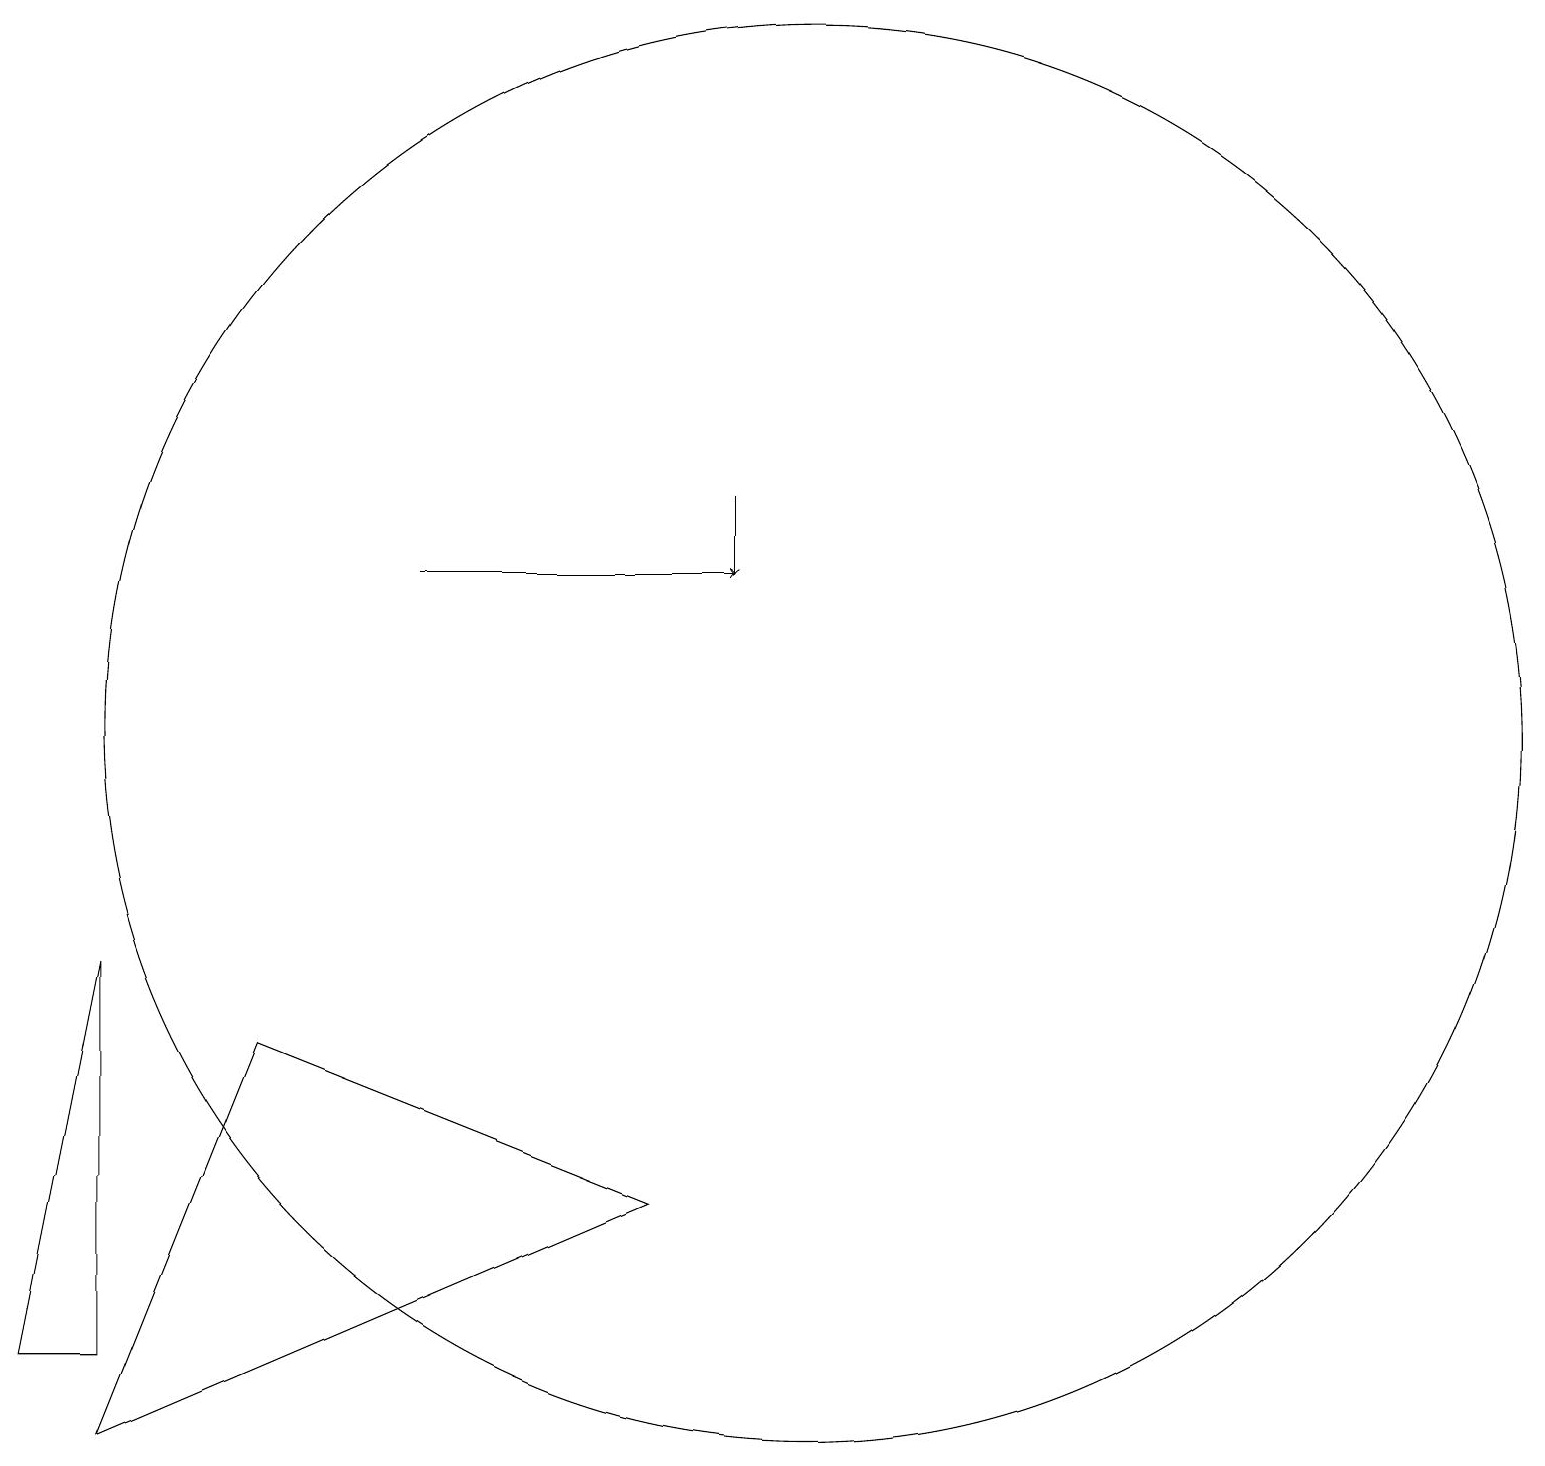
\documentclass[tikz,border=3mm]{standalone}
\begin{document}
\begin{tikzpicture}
\draw (1,3) -- (1,8) -- (0,3) -- cycle;
\draw (10,11) circle (9);
\draw[->] (5,13) -- (9,13);
\draw (3,7) -- (1,2) -- (8,5) -- cycle;
\draw[->] (9,14) -- (9,13);
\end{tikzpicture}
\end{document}